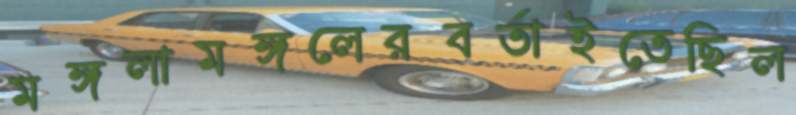
মঙ্গলামঙ্গলেরবর্তাইতেছিল